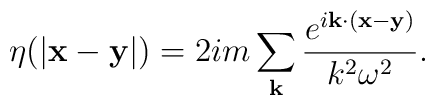
\eta(|{\bf x - y}|) = 2im\sum_{\bf k}{\frac{e^{i{\bf k\cdot (x-y)}}}{k^2\omega^2}}.